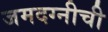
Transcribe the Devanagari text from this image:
जमदग्नीची